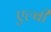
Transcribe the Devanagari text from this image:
एल्बी